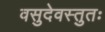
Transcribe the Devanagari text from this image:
वसुदेवस्तुतः